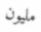
مليون